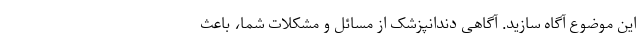
این موضوع آگاه سازید. آگاهی دندانپزشک از مسائل و مشکلات شما، باعث